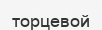
торцевой